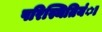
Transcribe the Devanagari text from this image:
परिस्थितियंा